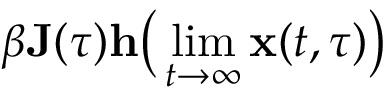
\beta \mathbf { J } ( \tau ) \mathbf { h } \big ( \operatorname* { l i m } _ { t \rightarrow \infty } \mathbf { x } ( t , \tau ) \big )